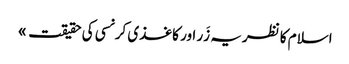
اسلام کا نظریہ زَر اور کاغذی کرنسی کی حقیقت »